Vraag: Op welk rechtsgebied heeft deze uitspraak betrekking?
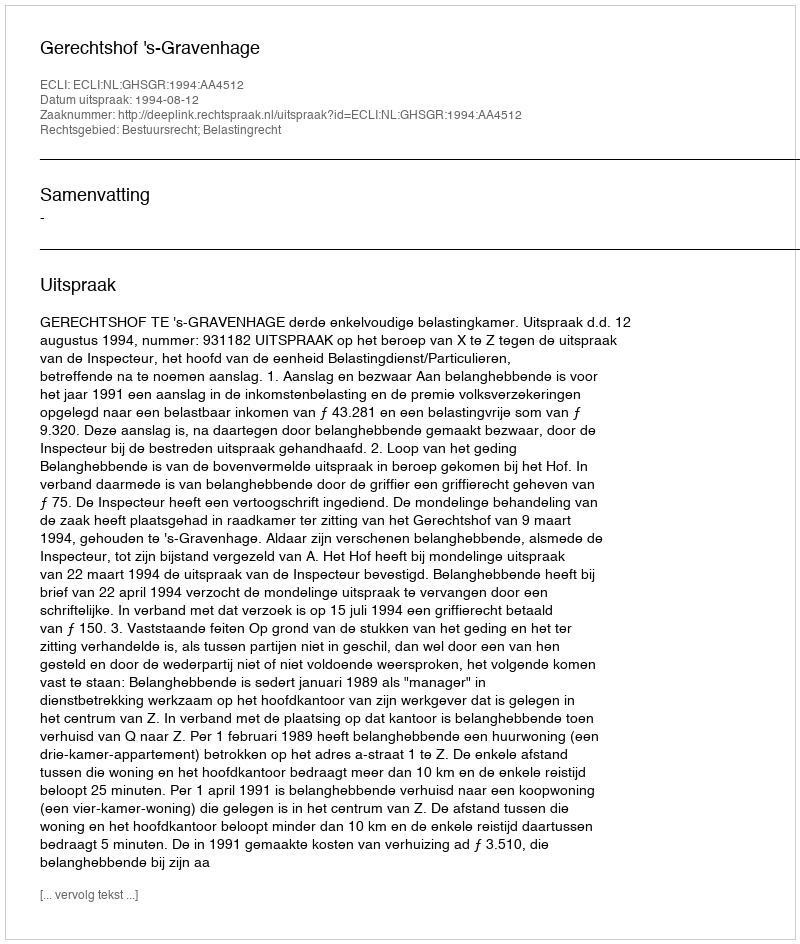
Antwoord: Bestuursrecht; Belastingrecht